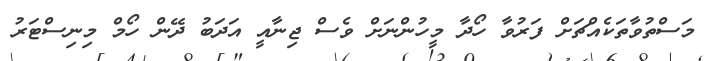
މަސްތުވާތަކެއްޗަށް ފަރުވާ ހޯދާ މީހުންނަށް ވެސް ޖިނާއީ އަދަބު ދޭން ހޯމް މިނިސްޓަރު